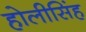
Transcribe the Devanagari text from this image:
होलीसिंह